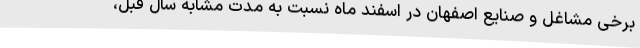
برخی مشاغل و صنایع اصفهان در اسفند ماه نسبت به مدت مشابه سال قبل،